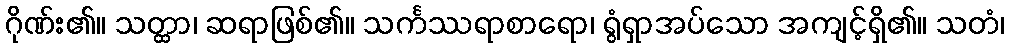
ဂိုဏ်း၏။ သတ္ထာ၊ ဆရာဖြစ်၏။ သင်္ကဿရာစာရော၊ ရွံရှာအပ်သော အကျင့်ရှိ၏။ သတံ၊